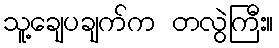
သူ့ချေပချက်က တလွဲကြီး။